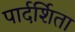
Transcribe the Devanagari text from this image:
पार्दर्शिता